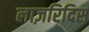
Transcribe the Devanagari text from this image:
लाज़रिदिस